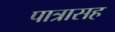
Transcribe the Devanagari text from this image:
पात्रासह